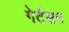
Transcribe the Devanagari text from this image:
गेर्टसन